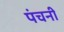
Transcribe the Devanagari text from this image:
पंचनी